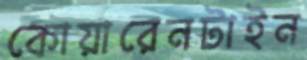
কোয়ারেনটাইন